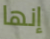
إنها